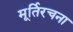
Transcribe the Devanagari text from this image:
मूर्तिरचना